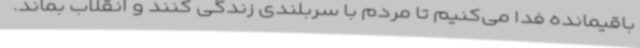
باقیمانده فدا می‌کنیم تا مردم با سربلندی زندگی کنند و انقلاب بماند.